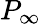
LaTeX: P_{\infty}